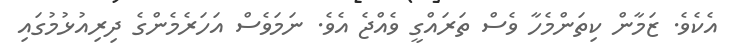
އެކެވެ. ޒަމާން ކިތަންމެހާ ވެސް ތަރައްގީ ވެއްޖެ އެވެ. ނަމަވެސް އަހަރެމެންގެ ދިރިއުޅުމުގައި